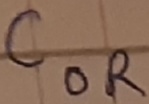
Text: COR